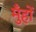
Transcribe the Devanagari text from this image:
मुँहों